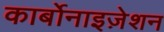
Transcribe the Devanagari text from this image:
कार्बोनाइज़ेशन